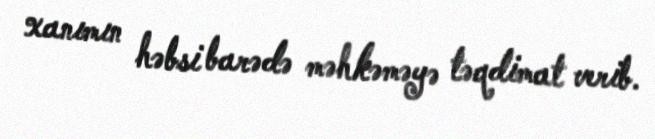
xanımın həbsi barədə məhkəməyə təqdimat verib.